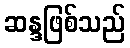
ဆန္ဒဖြစ်သည်